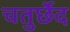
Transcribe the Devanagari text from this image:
चतुर्छेद